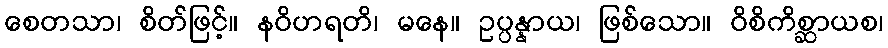
စေတသာ၊ စိတ်ဖြင့်။ နဝိဟရတိ၊ မနေ။ ဥပ္ပန္နာယ၊ ဖြစ်သော။ ဝိစိကိစ္ဆာယစ၊